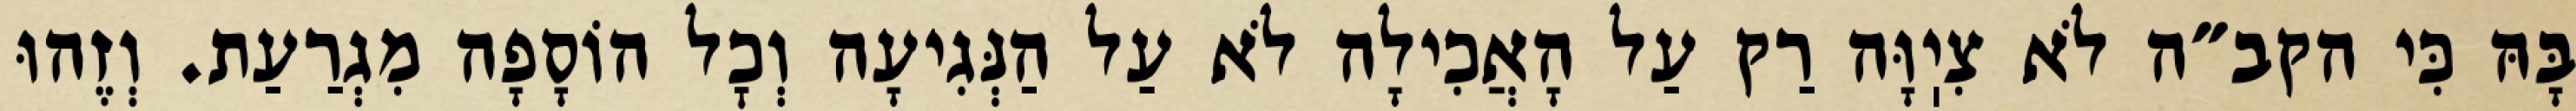
בָּהּ כִּי הקב״ה לֹא צִיֽוָּה רַק עַל הָאֲכִילָה לֹא עַל הַנְּגִיעָה וְכׇל הוֹסָפָה מִגְרַעַת. וְזֶהוּ